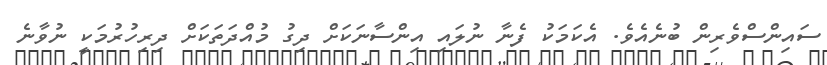
ސައިންސްވެރިން ބުނެއެވެ. އެކަމަކު ފެނާ ނުލައި އިންސާނަކަށް ދިގު މުއްދަތަކަށް ދިރިހުރުމަކީ ނުވާނެ